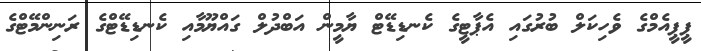
ޕީޕީއެމްގެ ވެހިކަލް ބުރުގައި އެޕާޓީގެ ކެނޑިޑޭޓް ޔާމީން އަބްދުލް ގައްޔޫމާއި ކެނޑިޑޭޓްގެ ރަނިންމޭޓްގެ